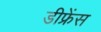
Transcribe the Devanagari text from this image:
डीफ्रेंस